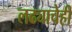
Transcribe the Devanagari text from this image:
लढ्याचेही